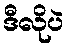
ဒီလိုပဲ